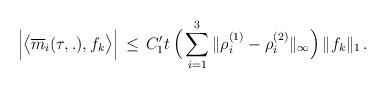
LaTeX: \begin{align*}\Big| \big< \overline{m}_i (\tau,.), f_k \big>\Big|\,\le \, C_1' t\, \Big(\sum_{i=1}^3 \|\rho_i^{(1)}-\rho_i^{(2)} \|_\infty\Big)\, \| f_k\|_1\, .\end{align*}